Indian journal of veterinary science and animal husbandry - Volume 11,
Year: 1941
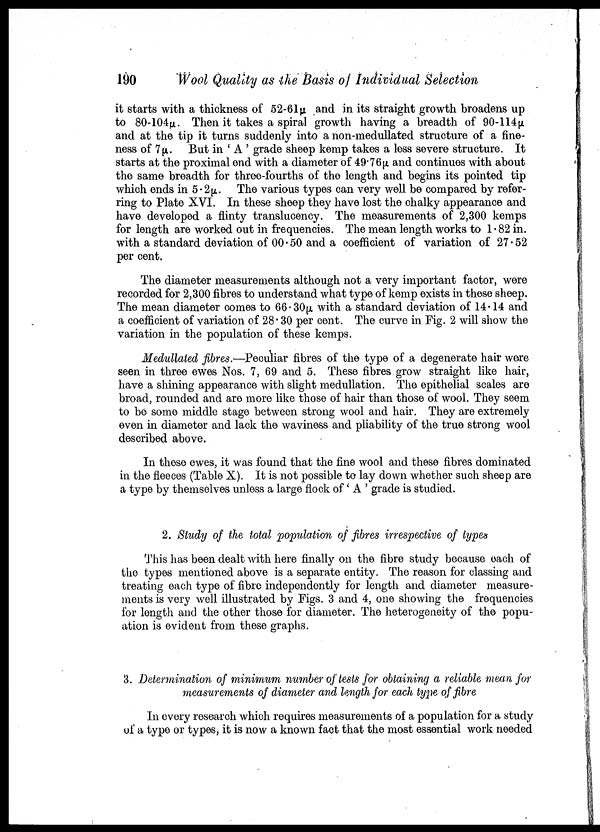
190
Wool Quality as the Basis of Individual Selection
it starts with a thickness of 52-61µ and in its straight growth broadens up
to 80-104µ. Then it takes a spiral growth having a breadth of 90-114µ
and at the tip it turns suddenly into a non-medullated structure of a fine-
ness of 7µ. But in ' A ' grade sheep kemp takes a less severe structure. It
starts at the proximal end with a diameter of 49.76µ and continues with about
the same breadth for three-fourths of the length and begins its pointed tip
which ends in 5.2µ. The various types can very well be compared by refer-
ring to Plate XVI. In these sheep they have lost the chalky appearance and
have developed a flinty translucency. The measurements of 2,300 kemps
for length are worked out in frequencies. The mean length works to 1.82 in.
with a standard deviation of 00.50 and a coefficient of variation of 27.52
per cent.
The diameter measurements although not a very important factor, were
recorded for 2,300 fibres to understand what type of kemp exists in these sheep.
The mean diameter comes to 66.30µ with a standard deviation of 14.14 and
a coefficient of variation of 28.30 per cent. The curve in Fig. 2 will show the
variation in the population of these kemps.
Medullated fibres.—Peculiar fibres of the type of a degenerate hair were
seen in three ewes Nos. 7, 69 and 5. These fibres grow straight like hair,
have a shining appearance with slight medullation. The epithelial scales are
broad, rounded and are more like those of hair than those of wool. They seem
to be some middle stage between strong wool and hair. They are extremely
even in diameter and lack the waviness and pliability of the true strong wool
described above.
In these ewes, it was found that the fine wool and these fibres dominated
in the fleeces (Table X). It is not possible to lay down whether such sheep are
a type by themselves unless a large flock of ' A ' grade is studied.
2. Study of the total population of fibres irrespective of types
This has been dealt with here finally on the fibre study because each of
the types mentioned above is a separate entity. The reason for classing and
treating each type of fibre independently for length and diameter measure-
ments is very well illustrated by Figs. 3 and 4, one showing the frequencies
for length and the other those for diameter. The heterogeneity of the popu¬
ation is evident from these graphs.
3. Determination of minimum number of tests for obtaining a reliable mean for
measurements of diameter and lengthfor each type of fibre
In every research which requires measurements of a population for a study
of a type or types, it is now a known fact that the most essential work needed